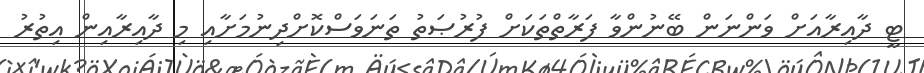
ޓީ ދާއިރާއަށް ވަންނަން ބޭނުންވާ ފަރާތްތަކަށް ފުރުޞަތު ތަނަވަސްކޮށްދިނުމަށާއި މި ދާއިރާއިން އިތުރު